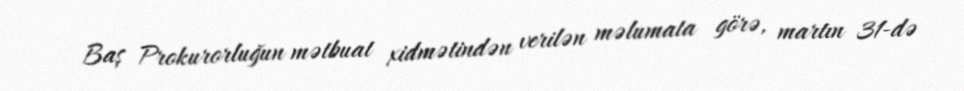
Baş Prokurorluğun mətbuat xidmətindən verilən məlumata görə, martın 31-də